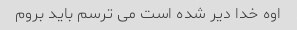
اوه خدا دیر شده است می ترسم باید بروم